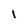
Character: 1